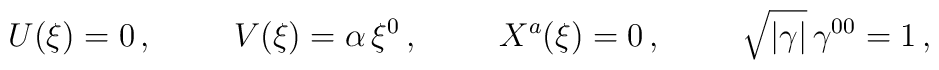
U(\xi)=0\, , \hspace{1cm} V(\xi) = \alpha\, \xi^{0}\, , \hspace{1cm}   X^a(\xi)= 0\, , \hspace{1cm} \sqrt{|\gamma|}\, \gamma^{00}=1\, ,